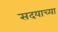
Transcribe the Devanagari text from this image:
सदयाच्या